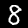
Digit: 8